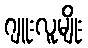
ဂျူးလူမျိုး